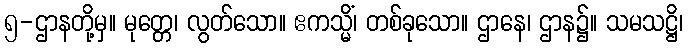
၅-ဌာနတို့မှ။ မုတ္တေ၊ လွတ်သော။ ဧကသ္မိံ၊ တစ်ခုသော။ ဌာနေ၊ ဌာန၌။ သမသဋ္ဌိ၊